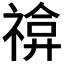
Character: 𥚫